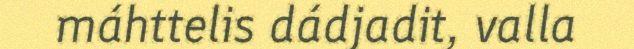
máhttelis dádjadit, valla